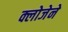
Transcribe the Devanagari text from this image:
क्लोजेने